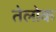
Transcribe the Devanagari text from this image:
तेलोक